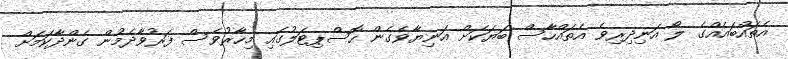
އެތައްބައެއްގެ ލޯ އަނިދިރިވެ އެތައްހާސް ބަޔަކަށް އަނިޔާވެގެން ހޮސްޕިޓަލުގައި މިހާރުވެސް ފަރުވާދެމުން ގެންދާކަމަށް